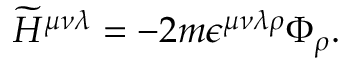
{ \widetilde H } ^ { \mu \nu \lambda } = - 2 m \epsilon ^ { \mu \nu \lambda \rho } \Phi _ { \rho } .